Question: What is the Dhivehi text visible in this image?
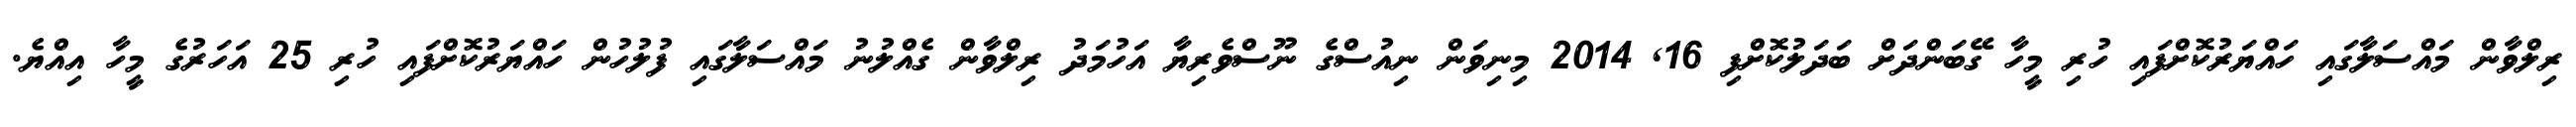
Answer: ރިލްވާން މައްސަލާގައި ހައްޔަރުކޮށްފައި ހުރި މީހާ ގޭބަންދަށް ބަދަލުކޮށްފި 16, 2014 މިނިވަން ނިއުސްގެ ނޫސްވެރިޔާ އަހުމަދު ރިލްވާން ގެއްލުނު މައްސަލާގައި ފުލުހުން ހައްޔަރުކޮށްފައި ހުރި 25 އަހަރުގެ މީހާ އިއްޔެ.